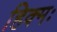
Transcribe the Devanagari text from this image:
हिक्मः